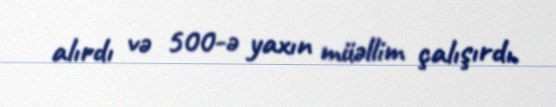
alırdı və 500-ə yaxın müəllim çalışırdı.